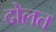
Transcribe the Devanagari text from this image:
दोलत